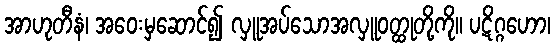
အာဟုတီနံ၊ အဝေးမှဆောင်၍ လှူအပ်သောအလှူဝတ္ထုတို့ကို။ ပဋိဂ္ဂဟော၊